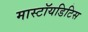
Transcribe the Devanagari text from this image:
मास्टॉयडिटिस